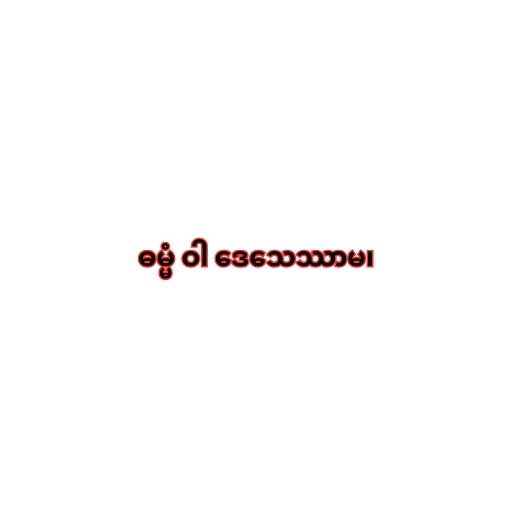
ဓမ္မံ ဝါ ဒေသေဿာမ၊